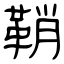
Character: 鞘